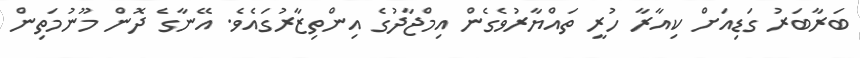
ބަރާބަރު ގަޑިއަށް ކިއާރާ ހުރީ ތައްޔާރުވެގެން އިމްޖާދުގެ އިންތިޒާރުގައެވެ. އޭނާގެ ދޮން މޫނުމަތިން